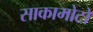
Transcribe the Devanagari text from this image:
साकामोटो